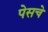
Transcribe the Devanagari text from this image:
पेसचे